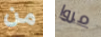
من مروا